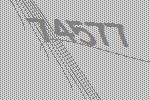
74577